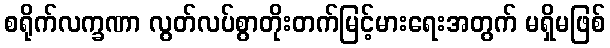
စရိုက်လက္ခဏာ လွတ်လပ်စွာတိုးတက်မြင့်မားရေးအတွက် မရှိမဖြစ်